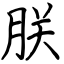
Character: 朕